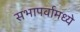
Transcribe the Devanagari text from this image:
सभापर्वामध्ये